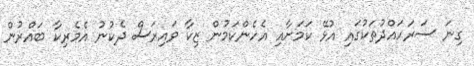
ގިނަ ސަރަހައްދުތަކުގައި އުޅޭ ކަމަށާއި އެހެންކަމުން ޒިކާ ވައިރަސް ދެކުނު އެމެރިކާ ބައްރުން